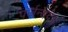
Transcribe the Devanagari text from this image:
पर्जन्यदेव